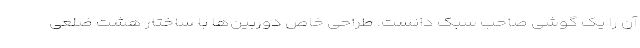
آن را یک گوشی صاحب سبک دانست. طراحی خاص دوربین‌ها با ساختار هشت ضلعی